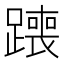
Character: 𫟣